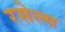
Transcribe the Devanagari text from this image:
रसेल्स